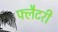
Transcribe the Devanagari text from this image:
फ्लैटरी